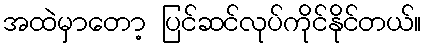
အထဲမှာတော့ ပြင်ဆင်လုပ်ကိုင်နိုင်တယ်။